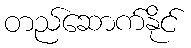
တည်ဆောက်နိုင်